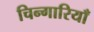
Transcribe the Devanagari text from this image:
चिन्गारियाँ